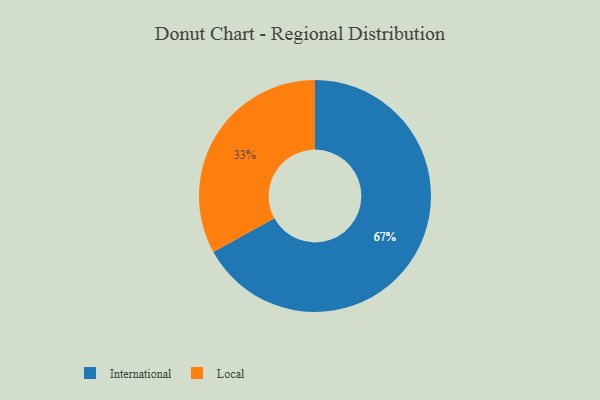
{"axis": {"x": "Category", "y": "Percentage"}, "legend": ["International", "Local"], "data": [{"x": "International", "y": 67, "type": "International"}, {"x": "Local", "y": 33, "type": "Local"}]}